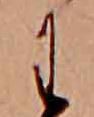
わ